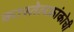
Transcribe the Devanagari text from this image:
कास्तेलफ्रांकोची